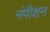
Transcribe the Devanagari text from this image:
नंपीशन